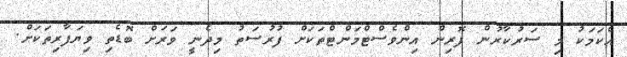
އެކަމަކު މި ސަރުކާރުން ފޮރިން އިންވެސްޓްމަންޓްތަކަށް ފުރުސަތު މިދެނީ ވަރަށް ބޮޑެތި ވިޔަފާރިތަކަށް.